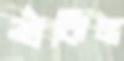
শুঁকিল